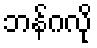
ဘန်ဂလို